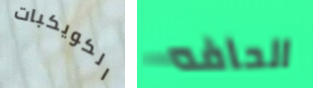
الكويكبات الحافه